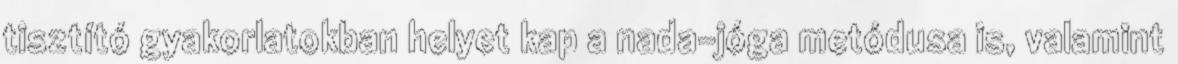
tisztító gyakorlatokban helyet kap a nada-jóga metódusa is, valamint